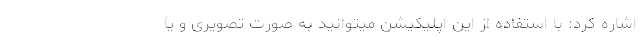
اشاره کرد: با استفاده از این اپلیکیشن میتوانید به صورت تصویری و یا